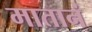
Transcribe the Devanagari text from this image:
मातानं